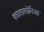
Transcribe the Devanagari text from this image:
कातालोनिआ